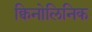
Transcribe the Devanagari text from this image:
क्विनोलिनिक